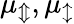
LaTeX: \mu_{\Updownarrow},\mu_{\updownarrow}